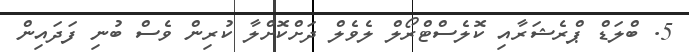
5. ބްލަޑް ޕްރެޝަރާއި ކޮލެސްޓްރޯލް ލެވެލް ދަށްކޮށްލާ ކުރިން ވެސް ބުނި ފަދައިން